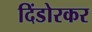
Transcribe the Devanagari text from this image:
दिंडोरकर